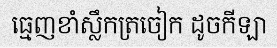
ធ្មេញខាំស្លឹកត្រចៀក ដូចកីឡា